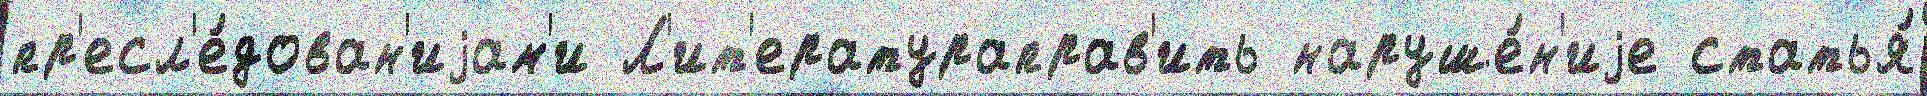
пр'есл'е́дован'иjам'и Л'ит'ератураправ'ить наруше́н'иjе статья́